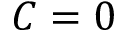
C = 0